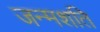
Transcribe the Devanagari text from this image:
जन्मशति